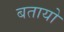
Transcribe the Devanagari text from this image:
बतायो